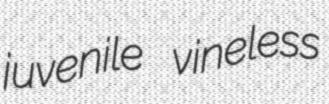
juvenile vineless